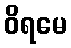
ဝိရမေ